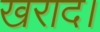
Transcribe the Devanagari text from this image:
खराद।